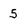
Character: 5